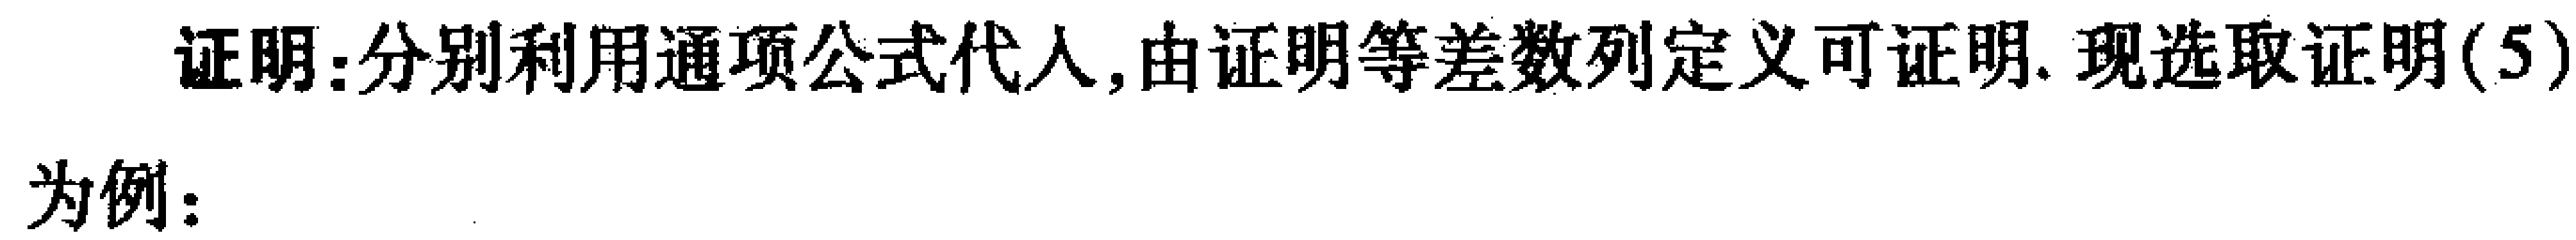
证明：分别利用通项公式代入,由证明等差数列定义可证明. 现选取证明(5)
为例：